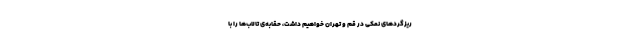
ریزگرد‌های نمکی در قم و تهران خواهیم داشت، حقابه‌ی تالاب‌ها را با